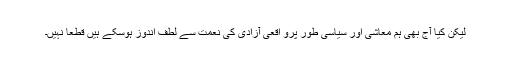
لیکن کیا آج بھی ہم معاشی اور سیاسی طور پرو اقعی آزادی کی نعمت سے لطف اندوز ہوسکے ہیں قطعاً نہیں۔